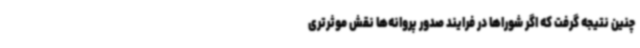
چنین نتیجه گرفت که اگر شوراها در فرایند صدور پروانه‌ها نقش موثرتری